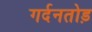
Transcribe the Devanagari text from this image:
गर्दनतोड़